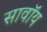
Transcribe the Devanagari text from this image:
सावॉय